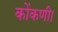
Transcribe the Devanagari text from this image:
कोंकणी।